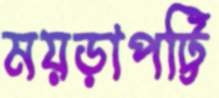
ময়ড়াপট্টি